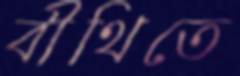
বীথিতে